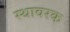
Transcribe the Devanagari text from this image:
स्थावरक